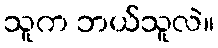
သူက ဘယ်သူလဲ။